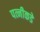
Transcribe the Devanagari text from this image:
पत्नीकडे